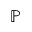
\mathbb { P }